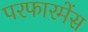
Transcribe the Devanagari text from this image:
परफारमेंस